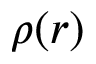
\rho ( r )